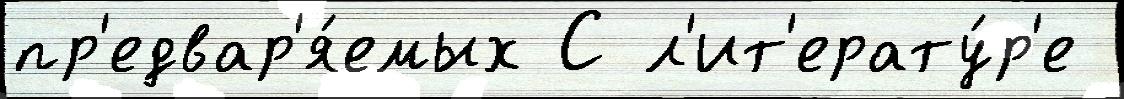
пр'едвар'я́емых С л'ит'ерату́р'е